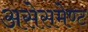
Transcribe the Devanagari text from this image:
असेसमेण्ट